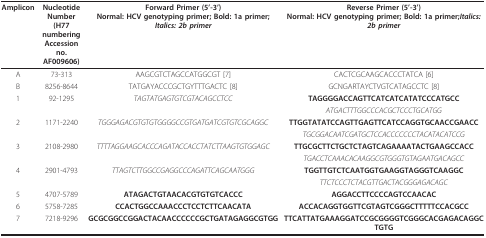
<table><thead><tr><td><b>Amplicon</b></td><td><b>NucleotideNumber(H77 numberingAccession no. AF009606)</b></td><td><b>Forward Primer (5&#x27;-3&#x27;)Normal: HCV genotyping primer; Bold: 1a primer;<i>Italics: 2b primer </i></b></td><td><b>Reverse Primer (5&#x27;-3&#x27;)Normal: HCV genotyping primer; Bold: 1a primer;<i>Italics: 2b primer</i></b></td></tr></thead><tbody><tr><td>A</td><td>73-313</td><td>AAGCGTCTAGCCATGGCGT [7]</td><td>CACTCGCAAGCACCCTATCA [6]</td></tr><tr><td>B</td><td>8256-8644</td><td>TATGAYACCCGCTGYTTTGACTC [8]</td><td>GCNGARTAYCTVGTCATAGCCTC [8]</td></tr><tr><td>1</td><td>92-1295</td><td><i>TAGTATGAGTGTCGTACAGCCTCC</i></td><td><b>TAGGGGACCAGTTCATCATCATATCCCATGCC</b></td></tr><tr><td></td><td></td><td></td><td><i>ATGACTTTGGCCCACGCTCCCTGCATGG</i></td></tr><tr><td>2</td><td>1171-2240</td><td><i>TGGGAGACGTGTGTGGGGCCGTGATGATCGTGTCGCAGGC</i></td><td><b>TTGGTATATCCAGTTGAGTTCATCCAGGTGCAACCGAACC</b></td></tr><tr><td></td><td></td><td></td><td><i>TGCGGACAATCGATGCTCCACCCCCCCTACATACATCCG</i></td></tr><tr><td>3</td><td>2108-2980</td><td><i>TTTTAGGAAGCACCCAGATACCACCTATCTTAAGTGTGGAGC</i></td><td><b>TTGCGCTTCTGCTCTAGTCAGAAAATACTGAAGCCACC</b></td></tr><tr><td></td><td></td><td></td><td><i>TGACCTCAAACACAAGGCGTGGGTGTAGAATGACAGCC</i></td></tr><tr><td>4</td><td>2901-4793</td><td><i>TTAGTCTTGGCCGAGGCCCAGATTCAGCAATGGG</i></td><td><b>TGGTTGTCTCAATGGTGAAGGTAGGGTCAAGGC</b></td></tr><tr><td></td><td></td><td></td><td><i>TTCTCCCTCTACGTTGACTACGGGAGACAGC</i></td></tr><tr><td>5</td><td>4707-5789</td><td><b>ATAGACTGTAACACGTGTGTCACCC</b></td><td><b>AGGACCTTCCCCAGTCCAACAC</b></td></tr><tr><td>6</td><td>5758-7285</td><td><b>CCACTGGCCAAACCCTCCTCTTCAACATA</b></td><td><b>ACCACAGGTGGTTCGTAGTCGGGCTTTTTCCACGCC</b></td></tr><tr><td>7</td><td>7218-9296</td><td><b>GCGCGGCCGGACTACAACCCCCCGCTGATAGAGGCGTGG</b></td><td><b>TTCATTATGAAAGGATCCGCGGGGTCGGGCACGAGACAGGCTGTG</b></td></tr></tbody></table>